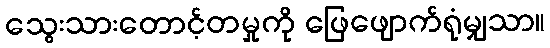
သွေးသားတောင့်တမှုကို ဖြေဖျောက်ရုံမျှသာ။